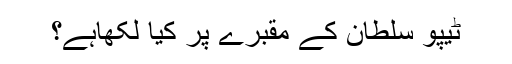
ٹیپو سلطان کے مُقبرے پر کیا لکھاہے؟